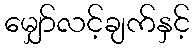
မျှော်လင့်ချက်နှင့်